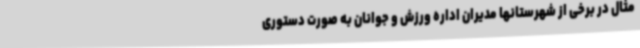
مثال در برخی از شهرستانها مدیران اداره ورزش و جوانان به صورت دستوری